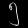
Digit: ၅